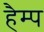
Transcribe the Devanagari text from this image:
हैम्प